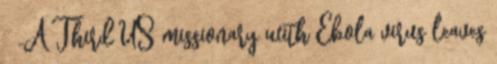
↑ „A Third US missionary with Ebola virus leaves